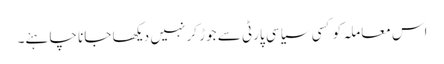
اس معاملہ کو کسی سیاسی پارٹی سے جوڑ کر نہیں دیکھا جانا چاہئے۔